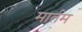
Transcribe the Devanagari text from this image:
मार्तम